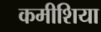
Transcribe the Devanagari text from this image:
कमीशिया